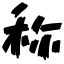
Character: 称